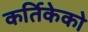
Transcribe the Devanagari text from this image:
कर्तिकेको